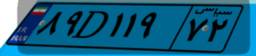
۸۹D۱۱۹۷۲